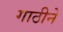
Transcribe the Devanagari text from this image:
गाठीने